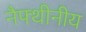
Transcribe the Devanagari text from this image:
नैफ्थीनीय